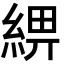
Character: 綥